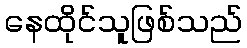
နေထိုင်သူဖြစ်သည်